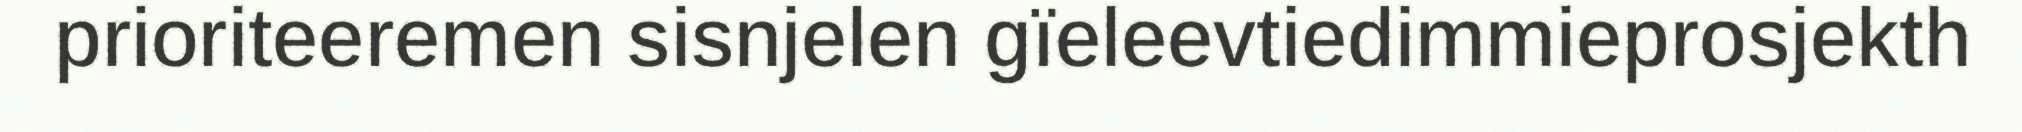
prioriteeremen sisnjelen gïeleevtiedimmieprosjekth